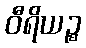
ဝီရိယဉ္စ